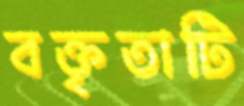
বক্তৃতাটি